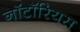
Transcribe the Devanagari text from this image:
नॉटॉरियस